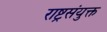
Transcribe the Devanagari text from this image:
राष्ट्रसंयुक्त